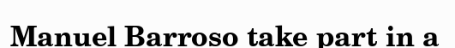
Manuel Barroso take part in a